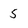
Character: 5